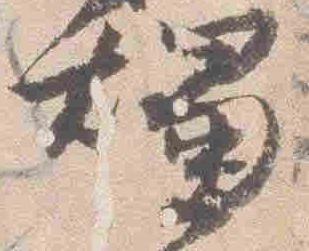
燭